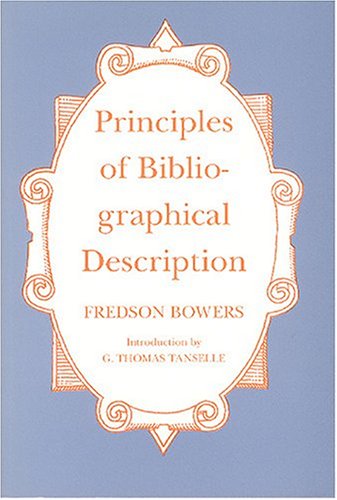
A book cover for Principles of Bibliographical Description (St. Paul's Bibliographies); Fredson Bowers; Reference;